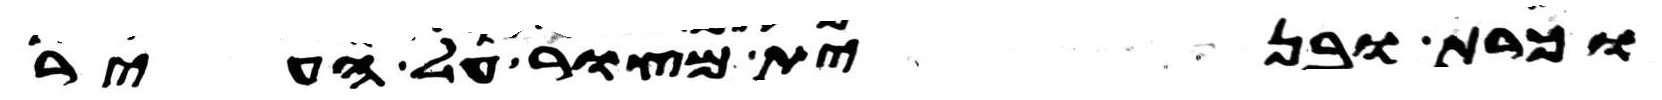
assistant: וכרת ובנית מצור על העיר